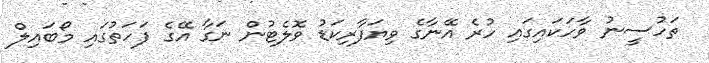
ތަހުސީނު ވާހަކައިގައި ހުރެ އޭނާގެ ވިޔަފާރިކަޑު ވޮލެޓުން ނަގާ އޭގެ ފަހަތުގައި މޯބައިލް